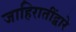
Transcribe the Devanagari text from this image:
जाहिरातींद्वारे